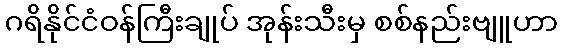
ဂရိနိုင်ငံဝန်ကြီးချုပ် အုန်းသီးမှ စစ်နည်းဗျူဟာ